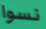
نسوا